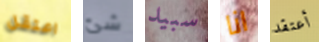
اعتقل شئ سبيد انا أعتقد